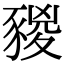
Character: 𧱭